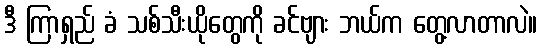
ဒီ ကြာရှည် ခံ သစ်သီးယိုတွေကို ခင်ဗျား ဘယ်က တွေ့လာတာလဲ။